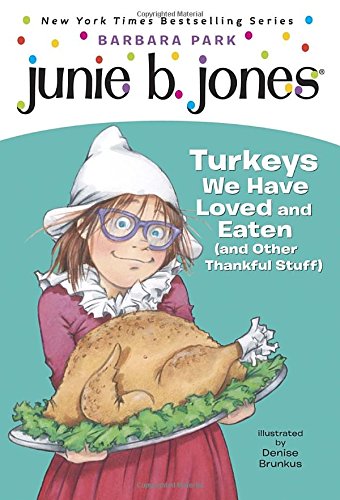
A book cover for Junie B. Jones #28: Turkeys We Have Loved and Eaten (and Other Thankful Stuff) (A Stepping Stone Book(TM)); Barbara Park; Children's Books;